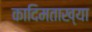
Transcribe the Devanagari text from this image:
कादिमताख्या